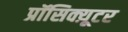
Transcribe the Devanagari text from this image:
प्रॉसिक्य़ूटर